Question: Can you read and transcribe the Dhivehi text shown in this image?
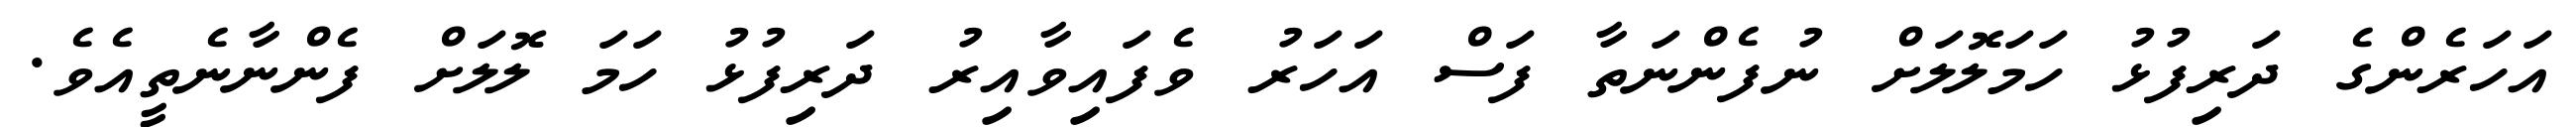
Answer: އަހަރެންގެ ދަރިފުޅު ހަމަލޮލަށް ނުފެންނަތާ ފަސް އަހަރު ވެފައިވާއިރު ދަރިފުޅު ހަމަ ލޮލަށް ފެންނާނެތީއެވެ.